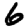
Digit: 6